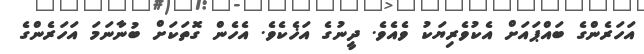
އަހަރެންގެ ބައްޕައަށް އެކުވެރިޔަކު ވެއެވެ. ދީނުގެ އަޚެކެވެ. އެހެން ގޮތަކަށް ބުނާނަމަ އަހަރެންގެ